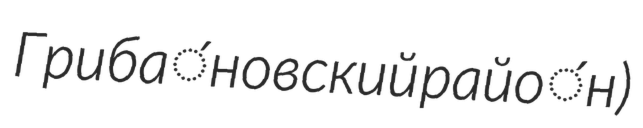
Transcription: Гриба́новский райо́н)